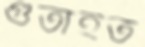
গুঁতাইত